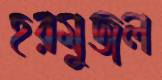
হরমুজল